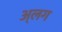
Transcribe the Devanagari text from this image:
अ्लग